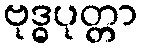
ဗုဒ္ဓပုတ္တာ